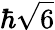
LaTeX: \hbar{\sqrt{6}}